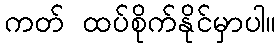
ကတ် ထပ်စိုက်နိုင်မှာပါ။